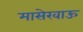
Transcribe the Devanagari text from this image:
मासेखाऊ